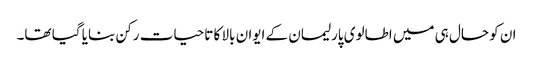
ان کو حال ہی میں اطالوی پارلیمان کے ایوان بالا کا تاحیات رکن بنایا گیا تھا۔